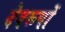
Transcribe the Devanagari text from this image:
देवरूपों